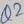
Text: Q2